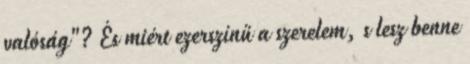
valóság"? És miért ezerszínű a szerelem, s lesz benne